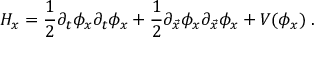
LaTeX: { \cal H } _ { x } = { \frac { 1 } { 2 } } \partial _ { t } \phi _ { x } \partial _ { t } \phi _ { x } + { \frac { 1 } { 2 } } \partial _ { \vec { x } } \phi _ { x } \partial _ { \vec { x } } \phi _ { x } + V ( \phi _ { x } ) \; .